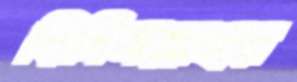
বিসিমল্লাহর